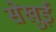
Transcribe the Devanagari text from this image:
सेखुई